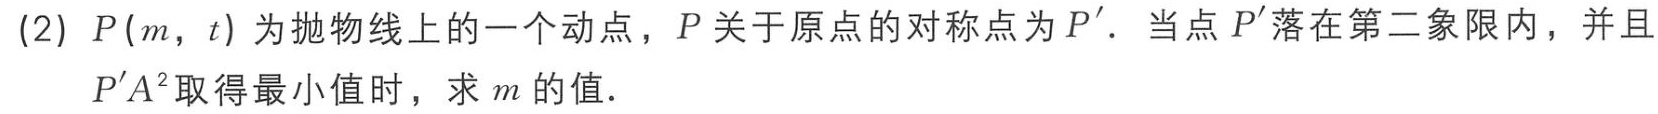
(2) \(P(m,t)\) 为抛物线上的一个动点，\(P\) 关于原点的对称点为 \(P'\)．当点 \(P'\) 落在第二象限内，并且 \(P'A^{2}\) 取得最小值时，求 \(m\) 的值．